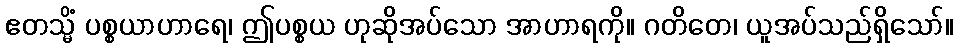
ဧတသ္မိံ ပစ္စယာဟာရေ၊ ဤပစ္စယ ဟုဆိုအပ်သော အာဟာရကို။ ဂတိတေ၊ ယူအပ်သည်ရှိသော်။